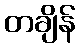
တချိန်